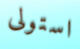
استولى